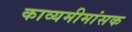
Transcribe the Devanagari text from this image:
काव्यमीमांसक